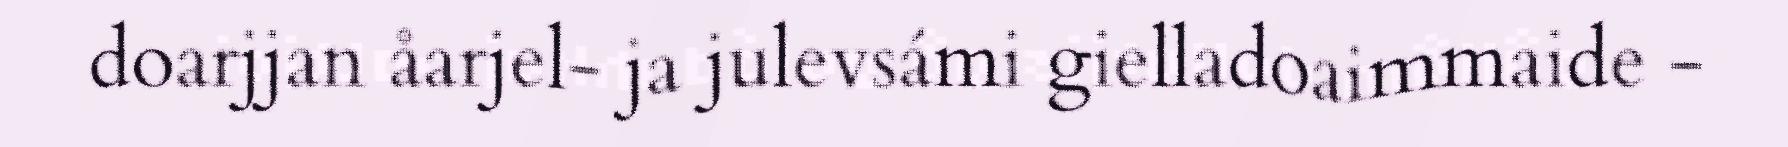
doarjjan åarjel- ja julevsámi gielladoaimmaide -